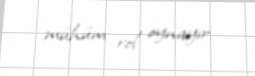
mühüm rol oynayır.